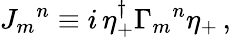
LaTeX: {J_{m}}^{n}\equiv i\, \eta_{+}^{\dagger}{\Gamma_{m}}^{n}\eta_{+}\, ,